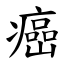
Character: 癌